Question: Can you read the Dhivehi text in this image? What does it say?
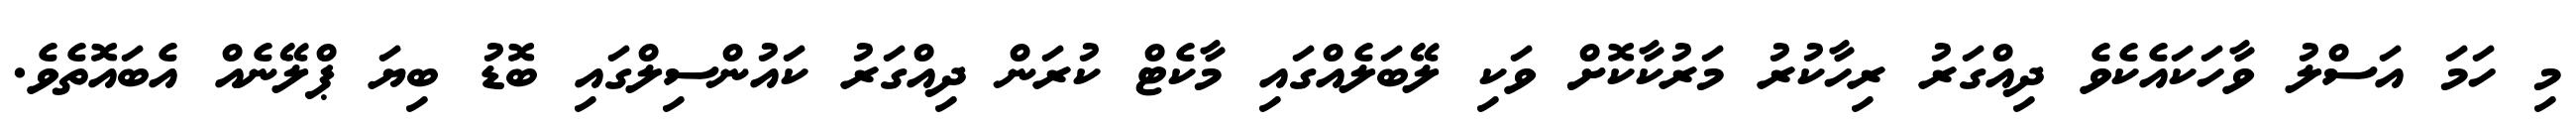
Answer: މި ހަމަ އަސްލު ވާހަކައެކެވެ ދިއްގަރު ރިހާކުރު މަރުކާކޮށް ވަކި ލޭބަލެއްގައި މާކެޓް ކުރަން ދިއްގަރު ކައުންސިލްގައި ބޮޑު ބިޔަ ޕްލޭނެއް އެބައޮތެވެ.